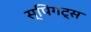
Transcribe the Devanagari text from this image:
स्पिगट्स